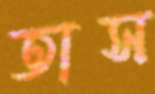
তাস